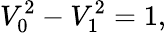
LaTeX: V_{0}^{2}-V_{1}^{2}=1,